画像に写った文字を読んでください
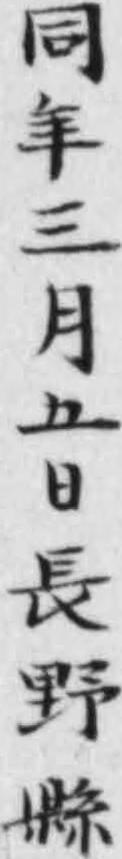
「同年三月五日長野縣」と書いてあります